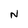
Character: N